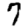
Digit: 7